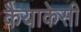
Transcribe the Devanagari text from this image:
कैयाकेसी